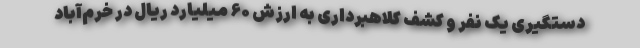
دستگیری یک نفر و کشف کلاهبرداری به ارزش ۶۰ میلیارد ریال در خرم‌آباد